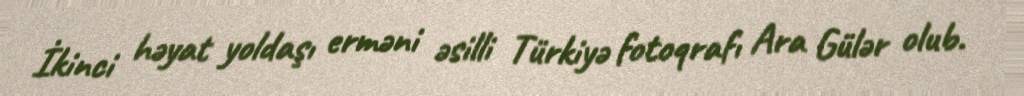
İkinci həyat yoldaşı erməni əsilli Türkiyə fotoqrafı Ara Gülər olub.